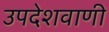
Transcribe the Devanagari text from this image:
उपदेशवाणी